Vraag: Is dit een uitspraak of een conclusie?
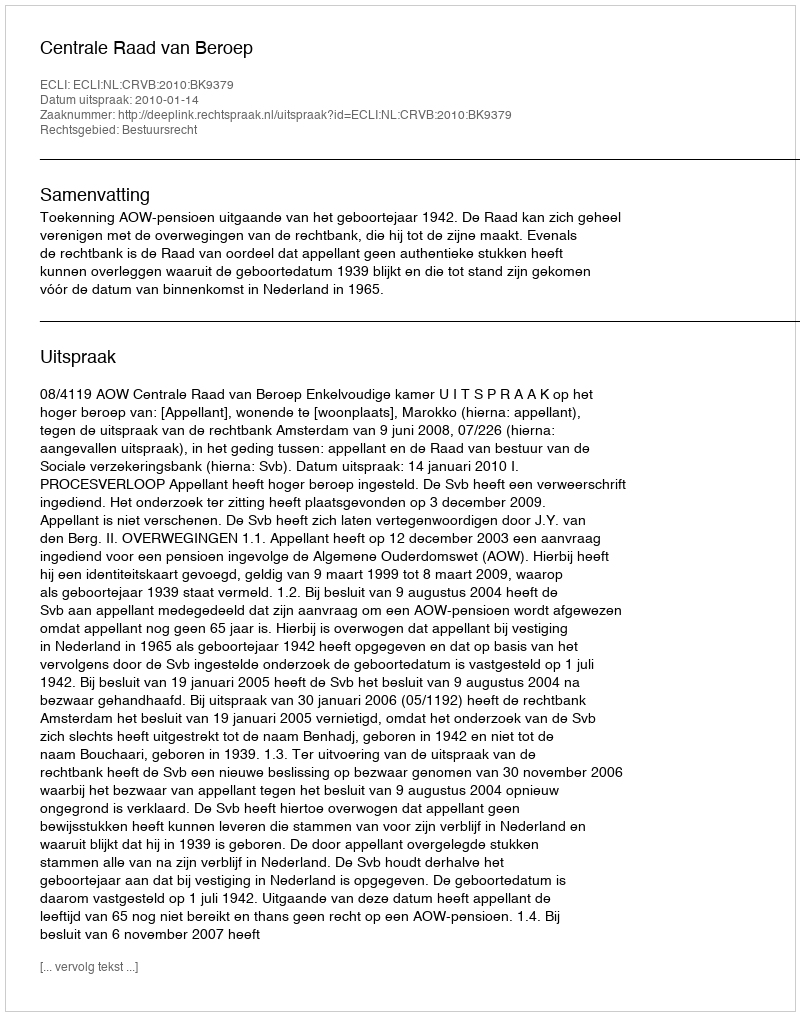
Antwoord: Uitspraak